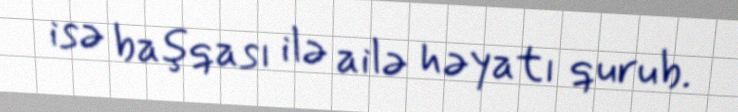
isə başqası ilə ailə həyatı qurub.